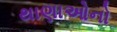
થાણાઓનો